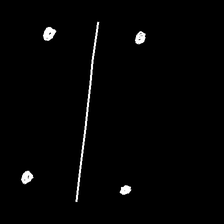
Glyph: cool